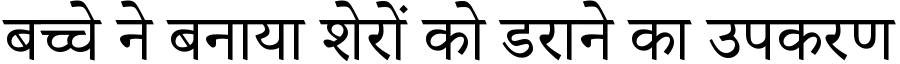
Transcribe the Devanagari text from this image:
बच्चे ने बनाया शेरों को डराने का उपकरण